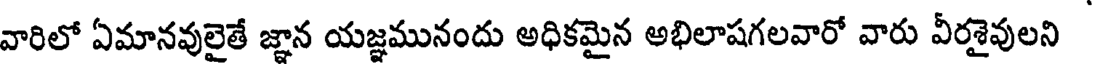
వారిలో ఏమానవులైతే జ్ఞాన యజ్ఞమునందు అధికమైన అభిలాషగలవారో వారు వీరశైవులని